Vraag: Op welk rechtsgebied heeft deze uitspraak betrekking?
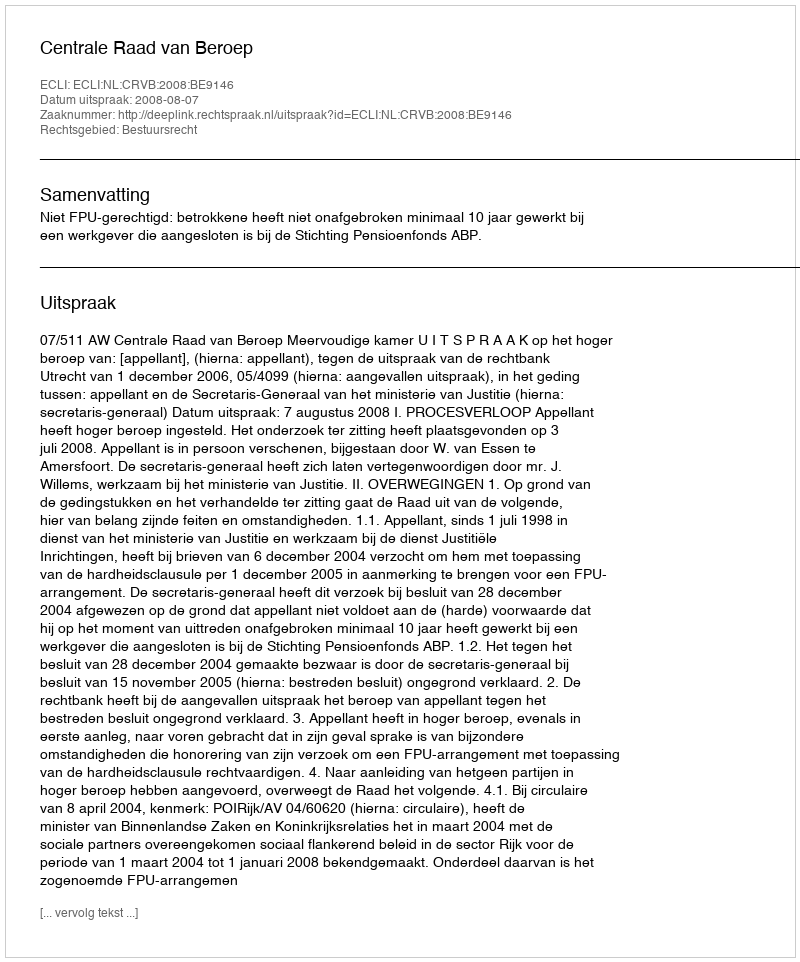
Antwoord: Bestuursrecht